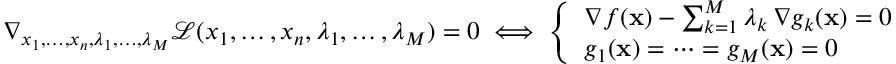
\nabla _ { x _ { 1 } , \ldots , x _ { n } , \lambda _ { 1 } , \ldots , \lambda _ { M } } { \mathcal { L } } ( x _ { 1 } , \ldots , x _ { n } , \lambda _ { 1 } , \ldots , \lambda _ { M } ) = 0 \iff { \left\{ \begin{array} { l l } { \nabla f ( \mathbf { x } ) - \sum _ { k = 1 } ^ { M } { \lambda _ { k } \, \nabla g _ { k } ( \mathbf { x } ) } = 0 } \\ { g _ { 1 } ( \mathbf { x } ) = \cdots = g _ { M } ( \mathbf { x } ) = 0 } \end{array} \right. }